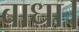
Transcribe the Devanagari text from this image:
बाधा।